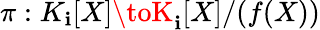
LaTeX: \pi:K_{\mathbf{i}}[X]\toK_{\mathbf{i}}[X]/(f(X))